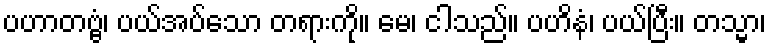
ပဟာတဗ္ဗံ၊ ပယ်အပ်သော တရားကို။ မေ၊ ငါသည်။ ပဟိနံ၊ ပယ်ပြီး။ တသ္မာ၊